Indian Medical Review
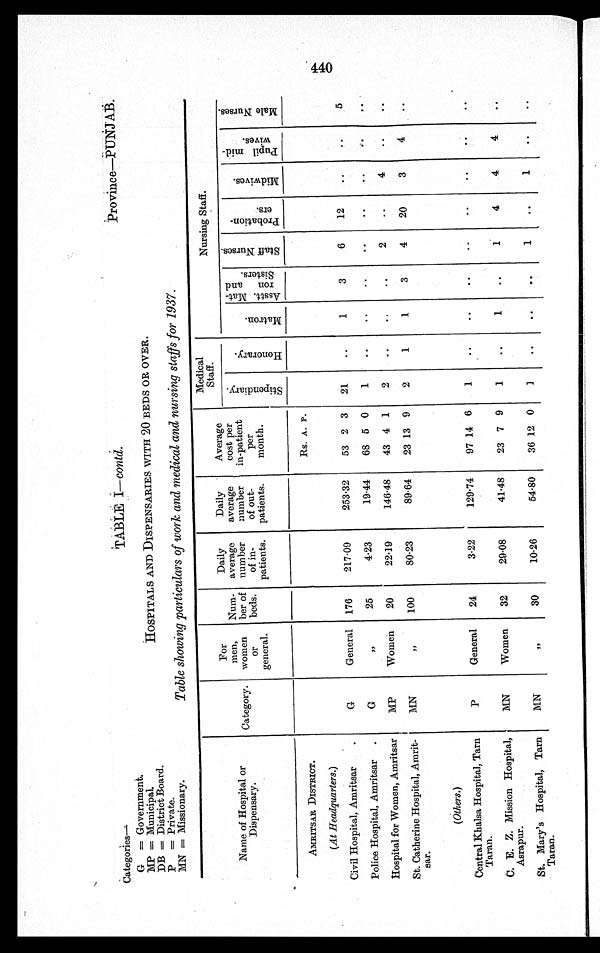
Province—PUNJAB.
Categories
-
G = Government.
MP = Municipal.
DB = District Board.
P = Private.
MN = Missionary.
TABLE I—contd.
HOSPITALS AND DISPENSARIES WITH 20 BEDS OR OVER.
Table showing particulars of work and medical and nursing staffs for 1937.
Name of Hospital or
Dispensary.
Category.
For
men,
women
or
general.
Num-
ber of
beds.
Daily
average
number
of in-
patients.
Daily
average
number
of out-
patients.
Average
cost per
in-patient
per
month.
Medical
Staff.
Nursing Staff.
S t e p e n d i a r y .
H o m o r a r y .
M a t r o n .
A s s t t . M a t - r o n a n d S i s t e r s .
S t a f f N u r s e s .
P r o b a t i o n - e r s .
M i d w i v e s .
P u p i l m i d - w i v e s .
M a l e N u r s e s .
AMRITSAR DISTRICT.
Rs. A. P.
(At Headquarters.)
Civil Hospital, Amritsar
G
General 176
217.09
253.32
53 2 3 21
..
1
3
6
12
..
..
5
Police Hospital, Amritsar
G
"
25
4.23
19.44
68 5 0
1
..
. .
..
..
..
..
..
. .
Hospital for Women, Amritsar
MP
Women
20
22.19
146.48
43 4 1
2
..
..
..
2
..
4
. .
. .
St. Catherine Hospital, Amrit-
sar.
MN
"
100
80.23
89.64
23 13 9
2
1
1
3
4
20
3
4
..
(Others.)
Central Khalsa Hospital, Tarn
Taran.
P
General
24
3.22
129.74
97 14 6
1
..
..
..
..
..
..
..
..
C. E. Z. Mission Hospital,
Asrapur.
MN
Women
32
29.08
41.48
23 7 9
1
..
1
..
1
4
4
4
. .
St. Mary's Hospital, Tarn
Taran.
MN
"
30
10.26
54.80
36 12 0
1
..
. .
..
1
..
1
. .
. .